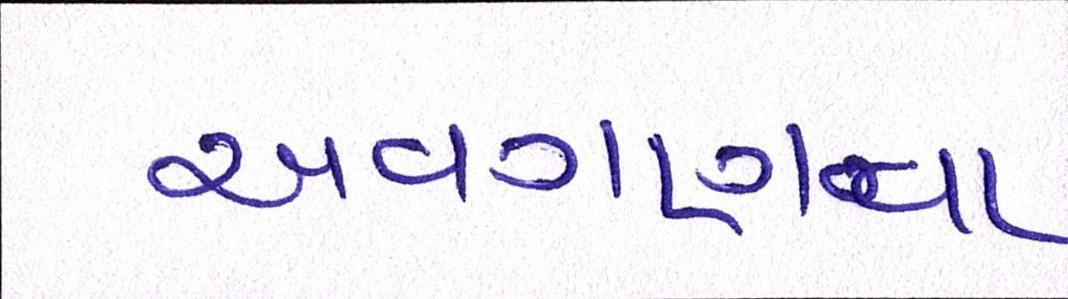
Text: અવગણવા